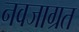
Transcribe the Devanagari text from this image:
नवजाग्रत